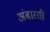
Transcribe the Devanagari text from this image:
अंबारती